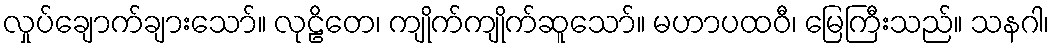
လှုပ်ချောက်ချားသော်။ လုဠိတေ၊ ကျိုက်ကျိုက်ဆူသော်။ မဟာပထဝီ၊ မြေကြီးသည်။ သနဂါ၊